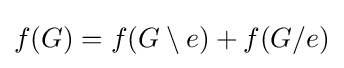
f(G)=f(G\setminus e)+f(G/e)